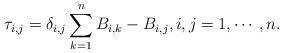
LaTeX: \begin{align*}\tau_{i,j} = \delta_{i,j} \sum_{k=1}^{n} B_{i,k} - B_{i,j}, i,j=1,\cdots,n.\end{align*}